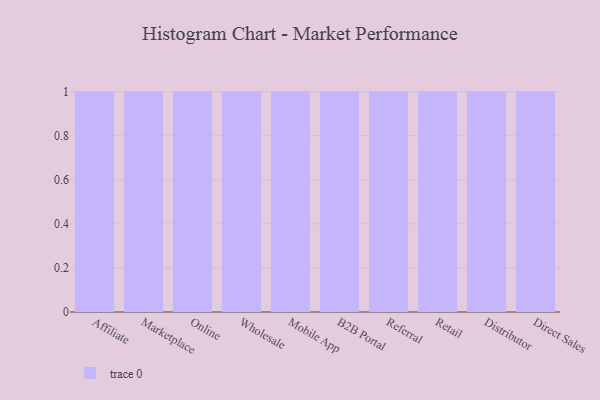
{"axis": {"x": "Channel", "y": "Population (Million)"}, "legend": [""], "data": [{"x": "Affiliate", "y": 58, "type": ""}, {"x": "Marketplace", "y": 74, "type": ""}, {"x": "Online", "y": 44, "type": ""}, {"x": "Wholesale", "y": 65, "type": ""}, {"x": "Mobile App", "y": 51, "type": ""}, {"x": "B2B Portal", "y": 26, "type": ""}, {"x": "Referral", "y": 45, "type": ""}, {"x": "Retail", "y": 38, "type": ""}, {"x": "Distributor", "y": 66, "type": ""}, {"x": "Direct Sales", "y": 73, "type": ""}]}